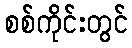
စစ်ကိုင်းတွင်